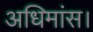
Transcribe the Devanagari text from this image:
अधिमांस।